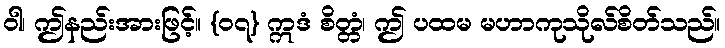
ဝါ၊ ဤနည်းအားဖြင့်။ {၀၇} ဣဒံ စိတ္တံ၊ ဤ ပထမ မဟာကုသိုလ်စိတ်သည်။